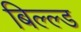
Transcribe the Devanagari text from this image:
बिल्ल्ड